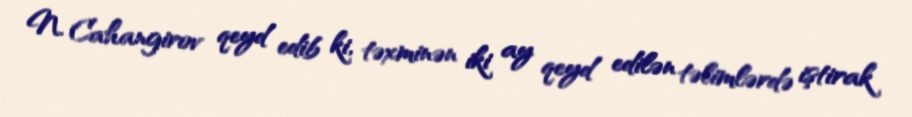
N. Cahangirov qeyd edib ki, təxminən iki ay qeyd edilən təlimlərdə iştirak